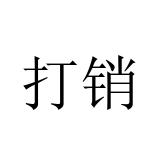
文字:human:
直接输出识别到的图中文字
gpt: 打销